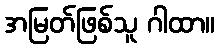
အမြတ်ဖြစ်သူ ဂါထာ။